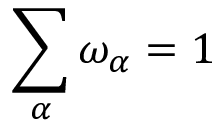
\sum _ { \alpha } \omega _ { \alpha } = 1